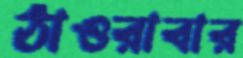
ঠাওরাবার